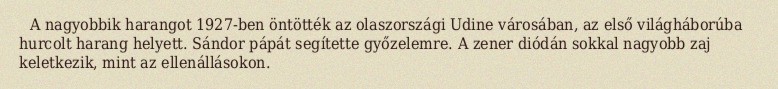
A nagyobbik harangot 1927-ben öntötték az olaszországi Udine városában, az első világháborúba hurcolt harang helyett. Sándor pápát segítette győzelemre. A zener diódán sokkal nagyobb zaj keletkezik, mint az ellenállásokon.